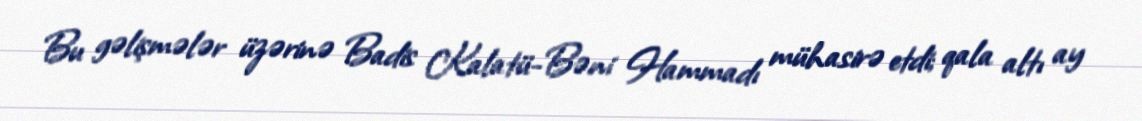
Bu gəlişmələr üzərinə Badis Kalatü-Bəni Hammadı mühasirə etdi; qala altı ay